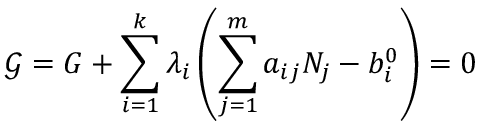
{ \mathcal { G } } = G + \sum _ { i = 1 } ^ { k } \lambda _ { i } \left( \sum _ { j = 1 } ^ { m } a _ { i j } N _ { j } - b _ { i } ^ { 0 } \right) = 0